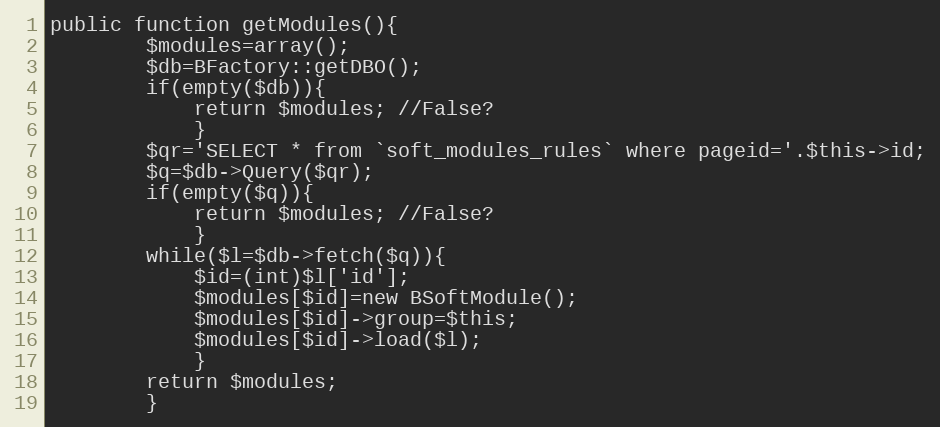
Language: PHP
public function getModules(){
		$modules=array();
		$db=BFactory::getDBO();
		if(empty($db)){
			return $modules; //False?
			}
		$qr='SELECT * from `soft_modules_rules` where pageid='.$this->id;
		$q=$db->Query($qr);
		if(empty($q)){
			return $modules; //False?
			}
		while($l=$db->fetch($q)){
			$id=(int)$l['id'];
			$modules[$id]=new BSoftModule();
			$modules[$id]->group=$this;
			$modules[$id]->load($l);
			}
		return $modules;
		}